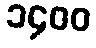
၁၄၀၀